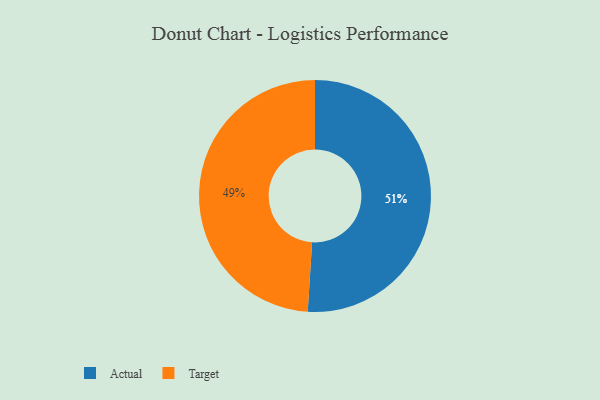
{"axis": {"x": "Category", "y": "Percentage"}, "legend": ["Actual", "Target"], "data": [{"x": "Actual", "y": 51, "type": "Actual"}, {"x": "Target", "y": 49, "type": "Target"}]}